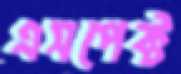
এসপেক্ট